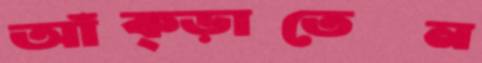
আঁক্‌ড়াতেন